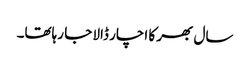
سال بھر کا اچار ڈالا جا رہاتھا۔